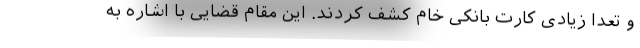
و تعدا زیادی کارت بانکی خام کشف کردند. این مقام قضایی با اشاره به